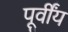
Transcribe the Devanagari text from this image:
पूर्वींय